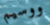
ووسيم